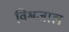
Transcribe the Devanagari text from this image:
विश्वजाल